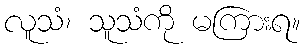
လူသံ၊ သူသံကို မကြားရ။